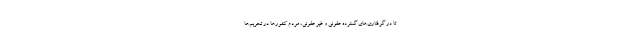
تا در گرفتاری‌های گسترده عفونی و غیر عفونی، مردم کشور‌ها در تحریم‌ها